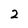
Character: 2